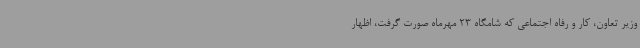
وزیر تعاون، کار و رفاه اجتماعی که شامگاه 23 مهرماه صورت گرفت، اظهار